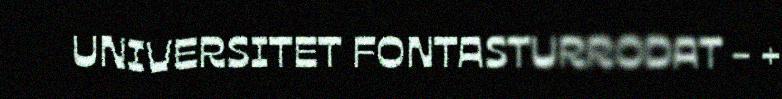
UNIVERSITET FONTASTURRODAT - +